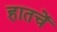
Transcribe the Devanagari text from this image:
हातचें